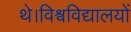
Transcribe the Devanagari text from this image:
थे।विश्वविद्यालयों